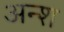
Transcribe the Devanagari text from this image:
अन्श